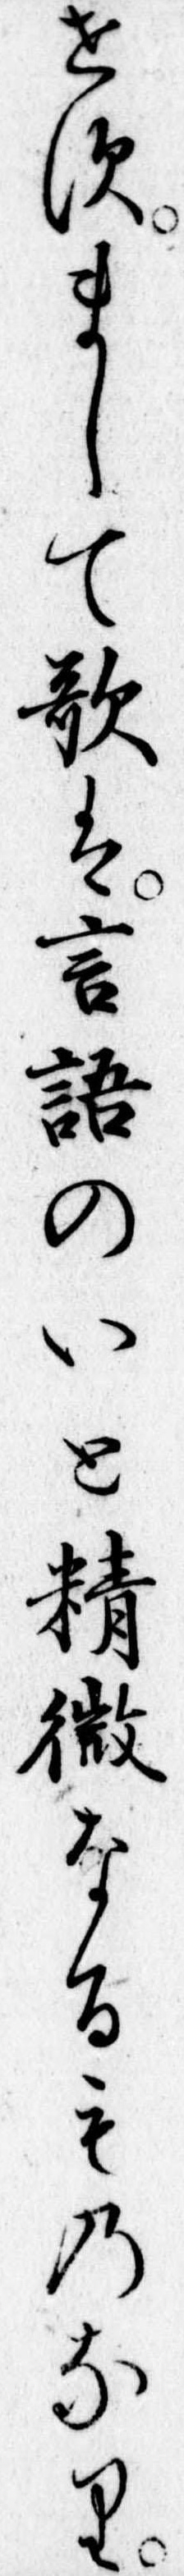
せすまして歌は言語のいと精微なるものなり